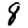
Digit: 8